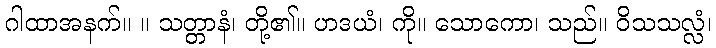
ဂါထာအနက်။ ။ သတ္တာနံ၊ တို့၏။ ဟဒယံ၊ ကို။ သောကော၊ သည်။ ဝိသသလ္လံ၊